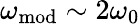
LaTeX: \omega_{\mathrm{mod}}\sim 2\omega_{0}